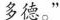
多德。”